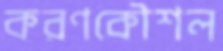
করণকৌশল